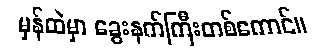
မှန်ထဲမှာ ခွေးနက်ကြီးတစ်ကောင်။